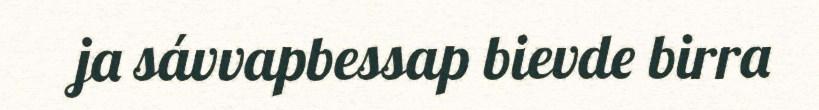
ja sávvapbessap bievde birra